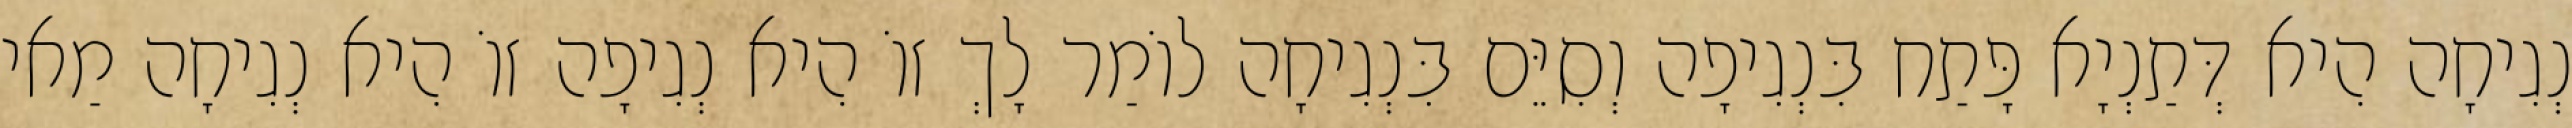
נְגִיחָה הִיא דְּתַנְיָא פָּתַח בִּנְגִיפָה וְסִיֵּם בִּנְגִיחָה לוֹמַר לָךְ זוֹ הִיא נְגִיפָה זוֹ הִיא נְגִיחָה מַאי